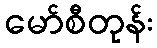
မော်စီတုန်း